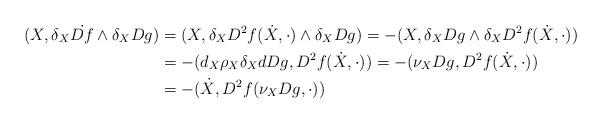
LaTeX: \begin{align*}(X, {\delta_X} \dot{Df} \wedge \delta_X Dg) &= (X, {\delta_X} {D^2f}(\dot X, \cdot) \wedge \delta_X Dg) =-(X, \delta_X Dg\wedge {\delta_X} {D^2f}(\dot X, \cdot) ) \\&=-(d_X \rho_X \delta_X dDg, {D^2f}(\dot X, \cdot) )=-(\nu_{X} Dg, {D^2f}(\dot X, \cdot) ) \\& =-(\dot X, {D^2f}( \nu_{X} Dg, \cdot) ) \end{align*}